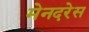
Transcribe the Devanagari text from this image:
मेनदरेस